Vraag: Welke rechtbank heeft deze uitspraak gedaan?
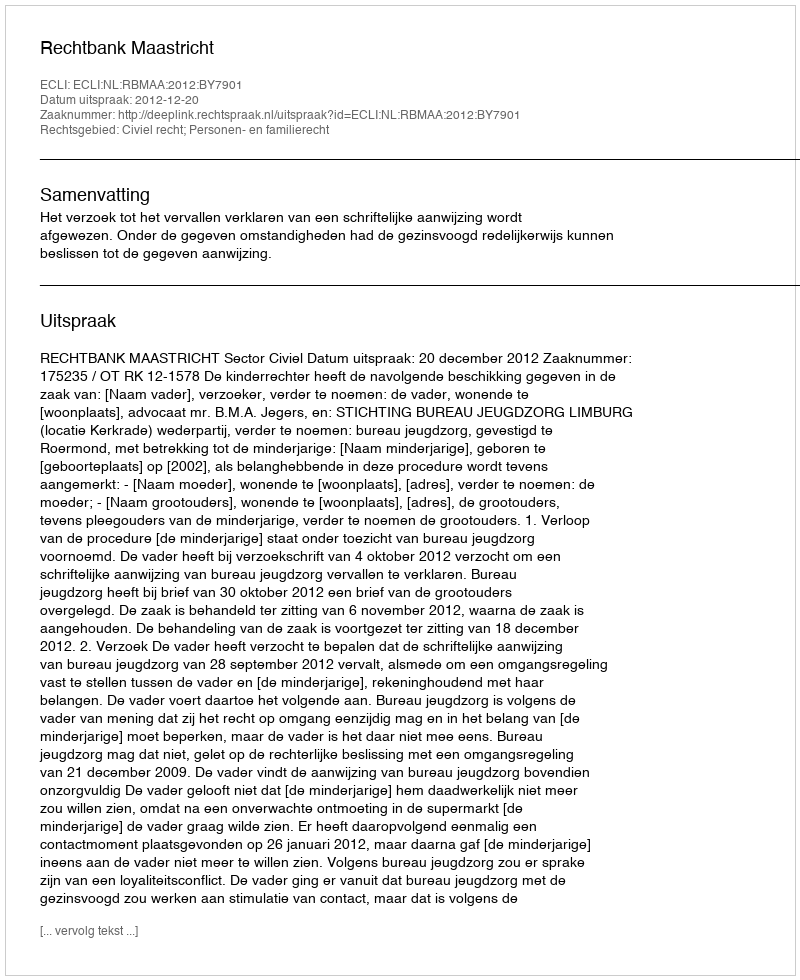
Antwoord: Rechtbank Maastricht